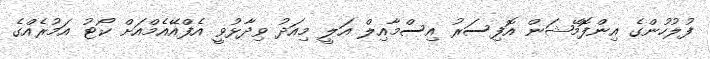
ފުލުހުންގެ އިންފޮމޭޝަން އޮފިސަރު އިސްމާއިލް އަލީ މިއަދު ވިދާޅުވީ އެފްއޭއެމްއަށް ކޯޓު އަމުރެއްގެ